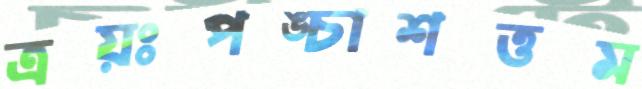
ত্রয়ঃপঙ্চাশত্তম